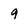
Character: g